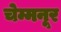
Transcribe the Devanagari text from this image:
चेम्मनूर